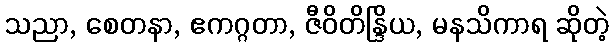
သညာ, စေတနာ, ဧကဂ္ဂတာ, ဇီဝိတိန္ဒြိယ, မနသိကာရ ဆိုတဲ့